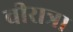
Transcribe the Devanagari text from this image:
वीरात्रा